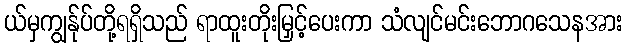
ယ်မှကျွန်ုပ်တို့ရရှိသည် ရာထူးတိုးမြှင့်ပေးကာ သံလျင်မင်းဘောဂသေနအား